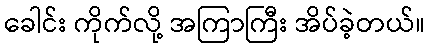
ခေါင်း ကိုက်လို့ အကြာကြီး အိပ်ခဲ့တယ်။